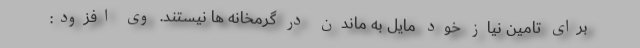
برای تامین نیاز خود مایل به ماندن در گرمخانه ها نیستند. وی افزود: